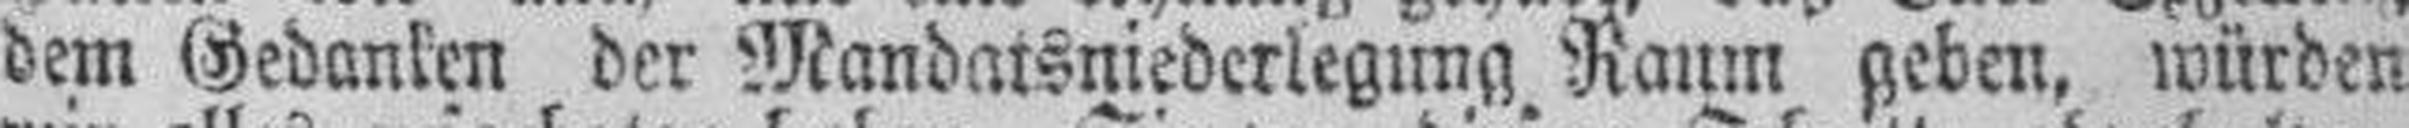
dem Gedanken der Mandatsniederlegung Raum geben, würden